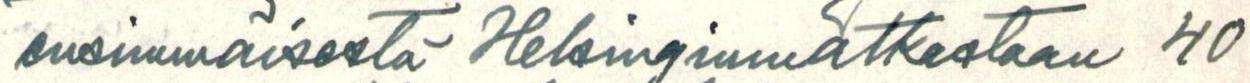
ensimmäisestä Helsinginmatkastaan 40